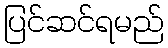
ပြင်ဆင်ရမည်